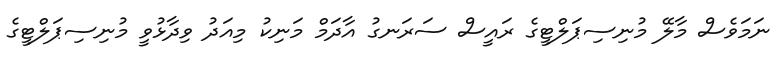
ނަމަވެސް މާލޭ މުނިސިޕަލްޓީގެ ރައީސް ސަރަނގު އާދަމް މަނިކު މިއަދު ވިދާޅުވީ މުނިސިޕަލްޓީގެ